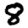
Digit: 8